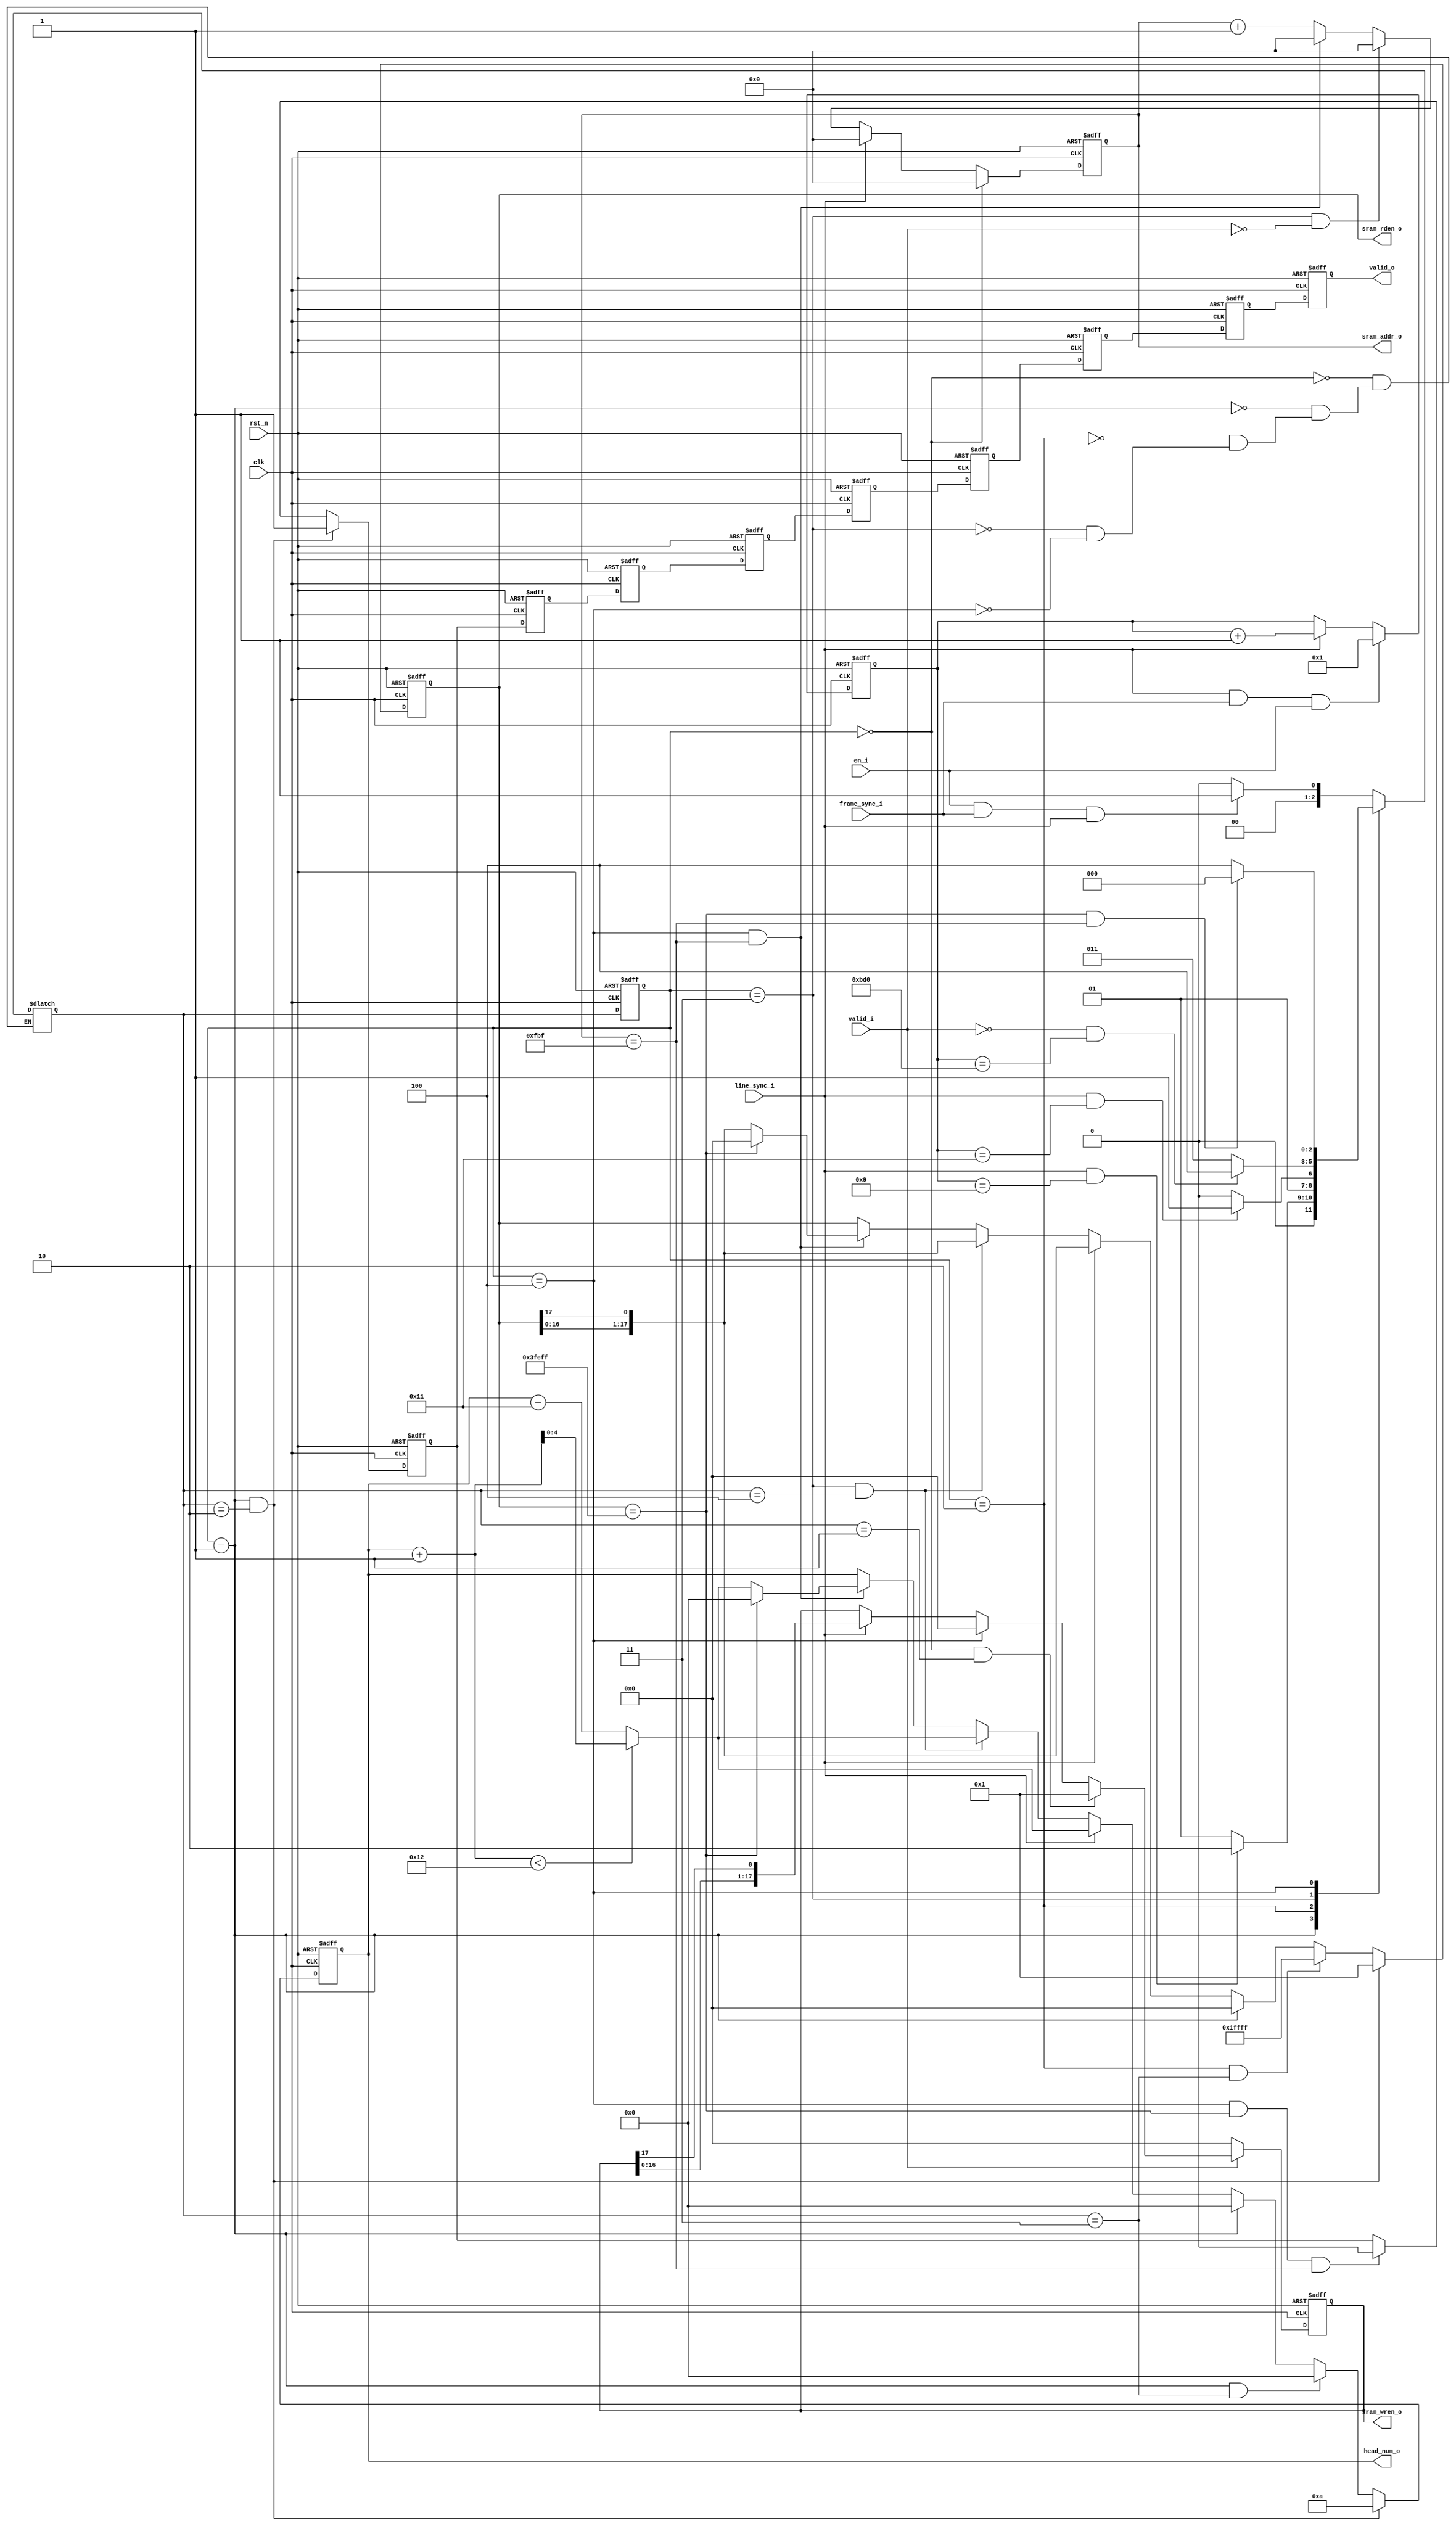
module Sram_controller #(parameter      BLOCK_RADIUS        =       2,
                                        WIN_RADIUS          =       6,
                                        ADDR_WIDTH          =       12,
                                        IMAGE_WIDTH         =       4032,
                                        IMAGE_HEIGHT        =       3024,
                                        DATA_WIDTH          =       12)
            (
                    clk,
                    rst_n,
                    valid_i,
                    en_i,
                    frame_sync_i,
                    line_sync_i,
                    sram_rden_o,
                    sram_wren_o,
                    sram_addr_o,
                    head_num_o,
                    valid_o
            );
        //根据行场同步信号，生成SRAM阵列的地址信号以及使能信号，同时标注首位
        parameter ROW_PARA              =       (IMAGE_HEIGHT + BLOCK_RADIUS + WIN_RADIUS) % SRAM_SIZE                                          ;
        parameter SRAM_SIZE             =       2 * (BLOCK_RADIUS + WIN_RADIUS + 1)                                     ;//18 SRAM
        parameter STATE_WIDTH           =       3                                                                       ;
        parameter IDLE                  =       3'd0                                                                    ;//waiting for frame_ref
        parameter INIT                  =       3'd1                                                                    ;//Accepete line_ref, restoring the first few lines
        parameter PIXEL                 =       3'd2                                                                    ;//transfer the input pixels
        parameter NORMAL                =       3'd3                                                                    ;//Normal process
        parameter POST                  =       3'd4                                                                    ;//All lines readed,process the last line
        parameter START_PIX             =       SRAM_SIZE / 2                                                           ;//9 start to get original pixel
        parameter START_CAL             =       SRAM_SIZE - 1                                                           ;//17 start to process
        parameter INIT_RDEN             =       2**SRAM_SIZE - 1 - 2**START_CAL                                         ;//18'b0111_1111_1111_1111_11
        parameter RDEN_END              =       2**SRAM_SIZE - 1 - 2**ROW_PARA                                          ;//18'b1111_1111_0_1111_1111(IF ROW_PARA = 0)
        parameter REG_NUM               =       WIN_RADIUS + 2                                                          ;//8

        input                                                           en_i                                            ;
        input                                                           valid_i                                         ;
        input                                                           frame_sync_i                                    ;
        input                                                           line_sync_i                                     ;
        input                                                           clk                                             ;
        input                                                           rst_n                                           ;
        output                                                          valid_o                                         ;
        output      [SRAM_SIZE - 1              :0]                     sram_rden_o                                     ;
        output      [SRAM_SIZE - 1              :0]                     sram_wren_o                                     ;
        output      [ADDR_WIDTH - 1             :0]                     sram_addr_o                                     ;
        output      [4                          :0]                     head_num_o                                      ;

        reg                                             sram_rden_o                     ;
        reg                                             sram_wren_o                     ;
        reg                                             sram_addr_o                     ;
        reg                                             head_num_o                      ;

        reg         [STATE_WIDTH-1              :0]     state_r                         ;//FSM
        reg         [STATE_WIDTH-1              :0]     next_state_r                    ;//next_FSM
        reg         [15                         :0]     line_cnt                        ;          
        reg                                             valid_r                         ;
        reg                                             valid    [REG_NUM - 1 : 0]      ;

        //FSM transform 
        always @(posedge clk or negedge rst_n) begin
                if(!rst_n)      begin
                        state_r <= IDLE;
                end
                else begin
                        state_r <= next_state_r;
                end
        end

        always @( *) begin
        case(state_r) 
                IDLE:           begin
                        if(en_i & frame_sync_i & line_sync_i)
                                next_state_r = INIT;
                        else
                                next_state_r = IDLE;
                end
                INIT:           begin
                        if(line_sync_i & (line_cnt == START_PIX))
                                next_state_r = PIXEL;
                        else
                                next_state_r = INIT;
                end
                PIXEL:          begin
                        if(line_sync_i & (line_cnt == START_CAL))
                                next_state_r = NORMAL;
                        else
                                next_state_r = PIXEL;
                end
                NORMAL:         begin
                        if(!valid_i & (line_cnt == IMAGE_HEIGHT))
                                next_state_r = POST;
                        else 
                                next_state_r = NORMAL;
                end
                POST:           begin
                        if((sram_rden_o == RDEN_END) & (sram_addr_o == IMAGE_WIDTH - 1))
                                next_state_r = IDLE;
                        else 
                                next_state_r = POST;
                end
        endcase
        end

        //valid
        always @(posedge clk or negedge rst_n)  begin
                if(!rst_n)
                        valid_r <= 0;
                else if((state_r == INIT) & (next_state_r == PIXEL))
                        valid_r <= 1;
                else if((state_r == POST) & (sram_rden_o == RDEN_END) & (sram_addr_o == IMAGE_WIDTH - 1))
                        valid_r <= 0;
                else
                        valid_r <= valid_r;
        end
        always @(posedge clk or negedge rst_n)  begin
                if(!rst_n)
                        valid[0] <= 0;
                else
                        valid[0] <= valid_r;
        end
        genvar i;
        generate for(i = 1; i < REG_NUM; i = i + 1)     begin
                always @(posedge clk or negedge rst_n)  begin
                        if(!rst_n)
                                valid[i] <= 0;
                        else
                                valid[i] <= valid[i - 1];
                end
        end
        endgenerate
        assign valid_o = valid[REG_NUM - 1];

        //output
        always @(posedge clk or negedge rst_n)  begin
                if(!rst_n)
                        line_cnt <= 0;
                else if(line_sync_i & frame_sync_i & en_i)
                        line_cnt <= 1;
                else if(line_sync_i)
                        line_cnt <= line_cnt + 1;
                else
                        line_cnt <= line_cnt;
        end

        always @(posedge clk or negedge rst_n)  begin
                if(!rst_n)
                        sram_wren_o <= 0;
                else if(!valid_i)
                        sram_wren_o <= 0;
                else if((state_r == IDLE) & (next_state_r == INIT))
                        sram_wren_o <= 1;
                else if(state_r == POST)
                        sram_wren_o <= 0;
                else if(line_sync_i)
                        sram_wren_o <= {sram_wren_o[SRAM_SIZE - 2 : 0],sram_wren_o[SRAM_SIZE - 1]};
                else
                        sram_wren_o <= sram_wren_o;
        end
        
        always @(posedge clk or negedge rst_n)  begin
                if(!rst_n)      begin
                        sram_rden_o <= 0;
                end
                else if((state_r == INIT) & (next_state_r == PIXEL))    begin
                        sram_rden_o <= 1;
                end   
                else if((state_r == PIXEL) & (next_state_r == NORMAL))    begin
                        sram_rden_o <= INIT_RDEN;
                end
                else if(state_r == INIT)        begin
                        sram_rden_o <= 0;
                end
                else if(line_sync_i)    begin
                        sram_rden_o <= {sram_rden_o[SRAM_SIZE - 2 : 0],sram_rden_o[SRAM_SIZE - 1]};
                end
                else if((state_r == NORMAL) & (next_state_r == POST))   begin
                        sram_rden_o <= {sram_rden_o[SRAM_SIZE - 2 : 0],sram_rden_o[SRAM_SIZE - 1]};
                end
                else if((state_r == POST) & (sram_addr_o == IMAGE_WIDTH - 1))        begin
                        if(sram_rden_o == RDEN_END)     begin
                                sram_rden_o <= 0;
                        end
                        else    begin
                                sram_rden_o <= {sram_rden_o[SRAM_SIZE - 2 : 0],sram_rden_o[SRAM_SIZE - 1]};
                        end
                end
                else    begin
                        sram_rden_o <= sram_rden_o;
                end
        end

        always @(posedge clk or negedge rst_n)  begin
                if(!rst_n)      begin
                        head_num_o <= 0;
                end   
                else if((state_r == INIT) & (next_state_r == PIXEL))    begin
                        head_num_o = (START_PIX + 1 < SRAM_SIZE) ? (START_PIX + 1) : (START_PIX - (SRAM_SIZE - 1));
                end
                else if((state_r == INIT) & (next_state_r == NORMAL))    begin
                        head_num_o <= (START_CAL + 1 < SRAM_SIZE) ? (START_CAL + 1) : (START_CAL - (SRAM_SIZE - 1));
                end
                else if(state_r == INIT)        begin
                        head_num_o <= 0;
                end
                else if(line_sync_i)    begin
                        head_num_o <= (head_num_o + 1 < SRAM_SIZE) ? (head_num_o + 1) : (head_num_o - (SRAM_SIZE - 1));
                end
                else if((state_r == NORMAL) & (next_state_r == POST))   begin
                        head_num_o <= (head_num_o + 1 < SRAM_SIZE) ? (head_num_o + 1) : (head_num_o - (SRAM_SIZE - 1));
                end
                else if((state_r == POST) & (sram_addr_o == IMAGE_WIDTH - 1))        begin
                        if(sram_rden_o == RDEN_END)     begin
                                head_num_o <= 0;
                        end
                        else    begin
                                head_num_o <= (head_num_o + 1 < SRAM_SIZE) ? (head_num_o + 1) : (head_num_o - (SRAM_SIZE - 1));
                        end
                end
                else    begin
                        head_num_o <= head_num_o;
                end
        end

        always @(posedge clk or negedge rst_n)  begin
                if(!rst_n)
                        sram_addr_o <= 0;
                else if(state_r == IDLE)
                        sram_addr_o <= 0;
                else if(line_sync_i)
                        sram_addr_o <= 0;
                else if((state_r == NORMAL) & (valid_i == 0))
                        sram_addr_o <= 0;
                else if((state_r == POST) & (sram_addr_o == IMAGE_WIDTH - 1))
                        sram_addr_o <= 0;
                else   
                        sram_addr_o <= sram_addr_o + 1;
        end

endmodule